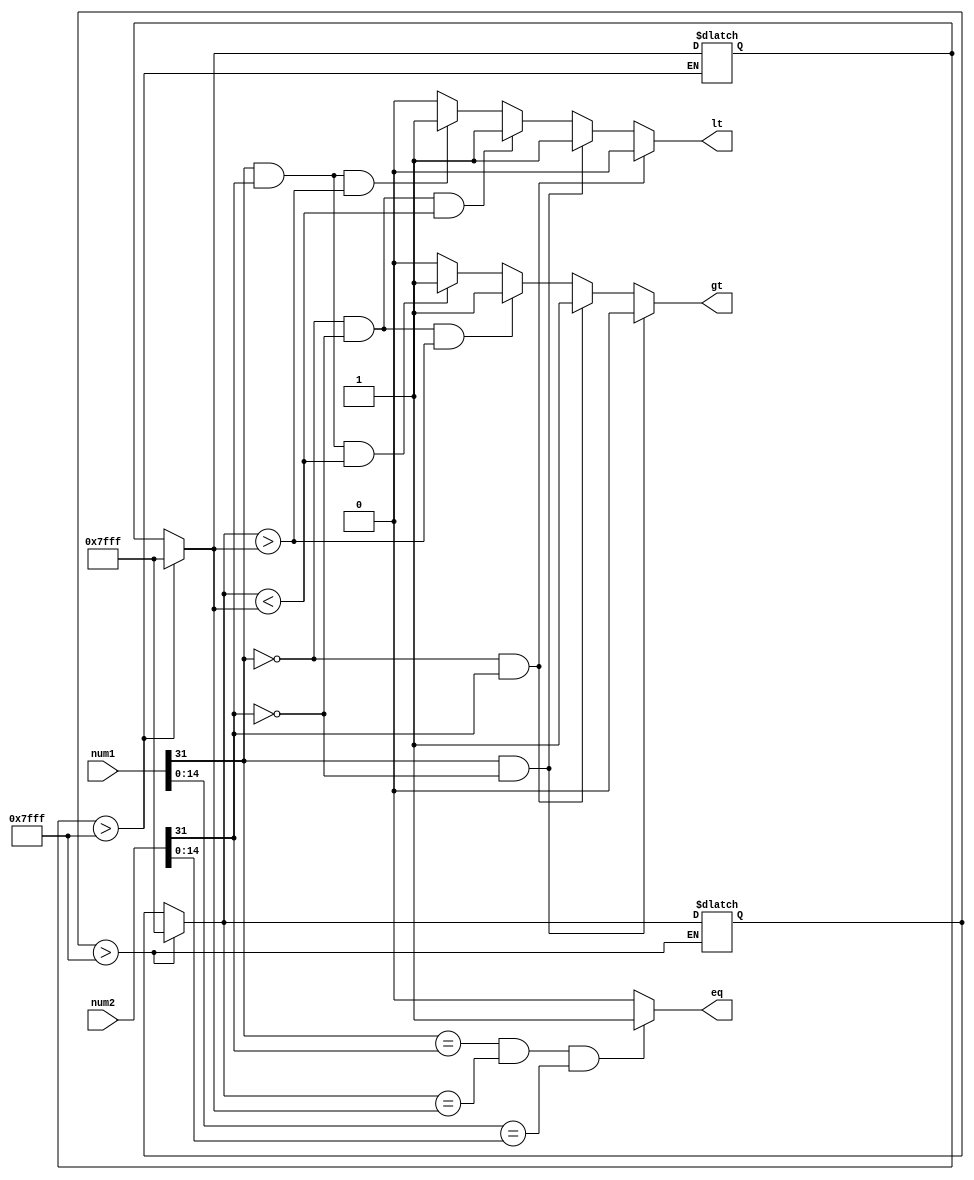
module fixed_point_comparator (
    input [31:0] num1, // Fixed-point number 1
    input [31:0] num2, // Fixed-point number 2
    output reg gt, // Greater than
    output reg lt, // Less than
    output reg eq // Equal to
);

reg sign1, sign2;
reg [15:0] int1, int2;
reg [15:0] frac1, frac2;

// Extract sign, integer part, and fractional part of num1
assign sign1 = num1[31];
assign int1 = num1[30:15];
assign frac1 = num1[14:0];

// Extract sign, integer part, and fractional part of num2
assign sign2 = num2[31];
assign int2 = num2[30:15];
assign frac2 = num2[14:0];

always @(*) begin
    // Handle overflow and underflow conditions
    if (int1 > 32767) int1 = 32767;
    if (int2 > 32767) int2 = 32767;
    
    // Compare fixed-point numbers
    if (sign1 == 1 && sign2 == 0) gt = 0;
    else if (sign1 == 0 && sign2 == 1) gt = 1;
    else if (sign1 == 0 && sign2 == 0 && int1 > int2) gt = 1;
    else if (sign1 == 1 && sign2 == 1 && int1 < int2) gt = 1;
    else gt = 0;
    
    if (sign1 == 0 && sign2 == 1) lt = 0;
    else if (sign1 == 1 && sign2 == 0) lt = 1;
    else if (sign1 == 0 && sign2 == 0 && int1 < int2) lt = 1;
    else if (sign1 == 1 && sign2 == 1 && int1 > int2) lt = 1;
    else lt = 0;

    if (sign1 == sign2 && int1 == int2 && frac1 == frac2) eq = 1;
    else eq = 0;
end

endmodule